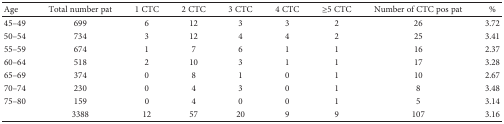
<table><thead><tr><td><b>Age</b></td><td><b>Total number pat</b></td><td><b>1 CTC</b></td><td><b>2 CTC</b></td><td><b>3 CTC</b></td><td><b>4 CTC</b></td><td><b>≥5 CTC</b></td><td><b>Number of CTC pos pat</b></td><td><b>%</b></td></tr></thead><tbody><tr><td>45–49</td><td>699</td><td>6</td><td>12</td><td>3</td><td>3</td><td>2</td><td>26</td><td>3.72</td></tr><tr><td>50–54</td><td>734</td><td>3</td><td>12</td><td>4</td><td>4</td><td>2</td><td>25</td><td>3.41</td></tr><tr><td>55–59</td><td>674</td><td>1</td><td>7</td><td>6</td><td>1</td><td>1</td><td>16</td><td>2.37</td></tr><tr><td>60–64</td><td>518</td><td>2</td><td>10</td><td>3</td><td>1</td><td>1</td><td>17</td><td>3.28</td></tr><tr><td>65–69</td><td>374</td><td>0</td><td>8</td><td>1</td><td>0</td><td>1</td><td>10</td><td>2.67</td></tr><tr><td>70–74</td><td>230</td><td>0</td><td>4</td><td>3</td><td>0</td><td>1</td><td>8</td><td>3.48</td></tr><tr><td>75–80</td><td>159</td><td>0</td><td>4</td><td>0</td><td>0</td><td>1</td><td>5</td><td>3.14</td></tr><tr><td></td><td>3388</td><td>12</td><td>57</td><td>20</td><td>9</td><td>9</td><td>107</td><td>3.16</td></tr></tbody></table>